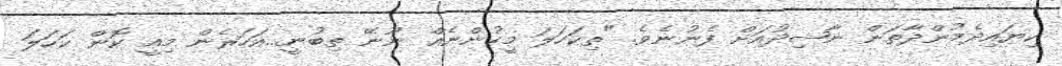
ކިޔައިދެމުންދާތަން ނާޝިދުއަށް ފެނުނެވެ. "ތިކަހަލަ މީހުންނެއް ނޫނޭ ތިބުނީ...އަހަރެން މިއީ ކޮން ކަހަލަ